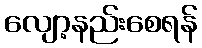
လျော့နည်းစေရန်